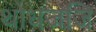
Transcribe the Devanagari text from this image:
थोधजजि